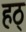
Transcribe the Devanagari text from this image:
हठ्